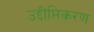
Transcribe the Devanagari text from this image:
उद्दीप्तिकरण